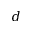
d